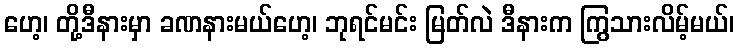
ဟေ့၊ တို့ဒီနားမှာ ခဏနားမယ်ဟေ့၊ ဘုရင်မင်း မြတ်လဲ ဒီနားက ကြွသားလိမ့်မယ်၊